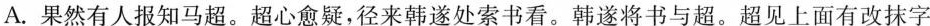
A.果然有人报知马超。超心愈疑，径来韩遂处索书看。韩遂将书与超。超见上面有改抹字